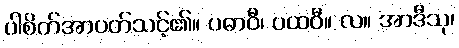
ပါစိတ်အာပတ်သင့်၏။ ပဓာဝီ၊ ပထဝီ။ လ။ အာဒီသု၊